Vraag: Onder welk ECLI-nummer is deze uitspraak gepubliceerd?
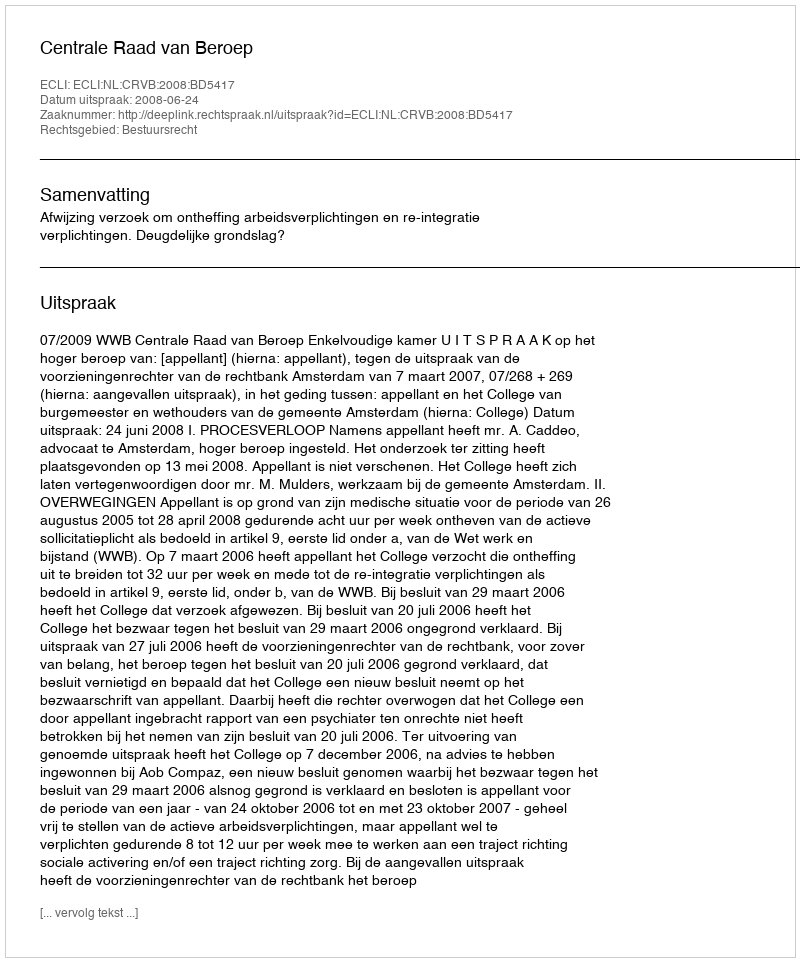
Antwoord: ECLI:NL:CRVB:2008:BD5417